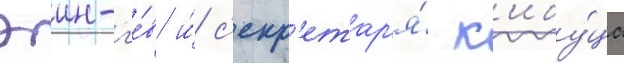
эин-г'е́в и́ с'екр'етар'я́ к'ибу́ца